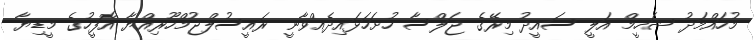
މުހައްމަދު ޝަހީމް އަލީ ސައީދު މިރޭގެ ޖަލްސާ ހުށަހަޅައިދެއްވާނީ ރައީސުލްޖުމްހޫރިއްޔާ އޮފީހުގެ މީޑިޔާ